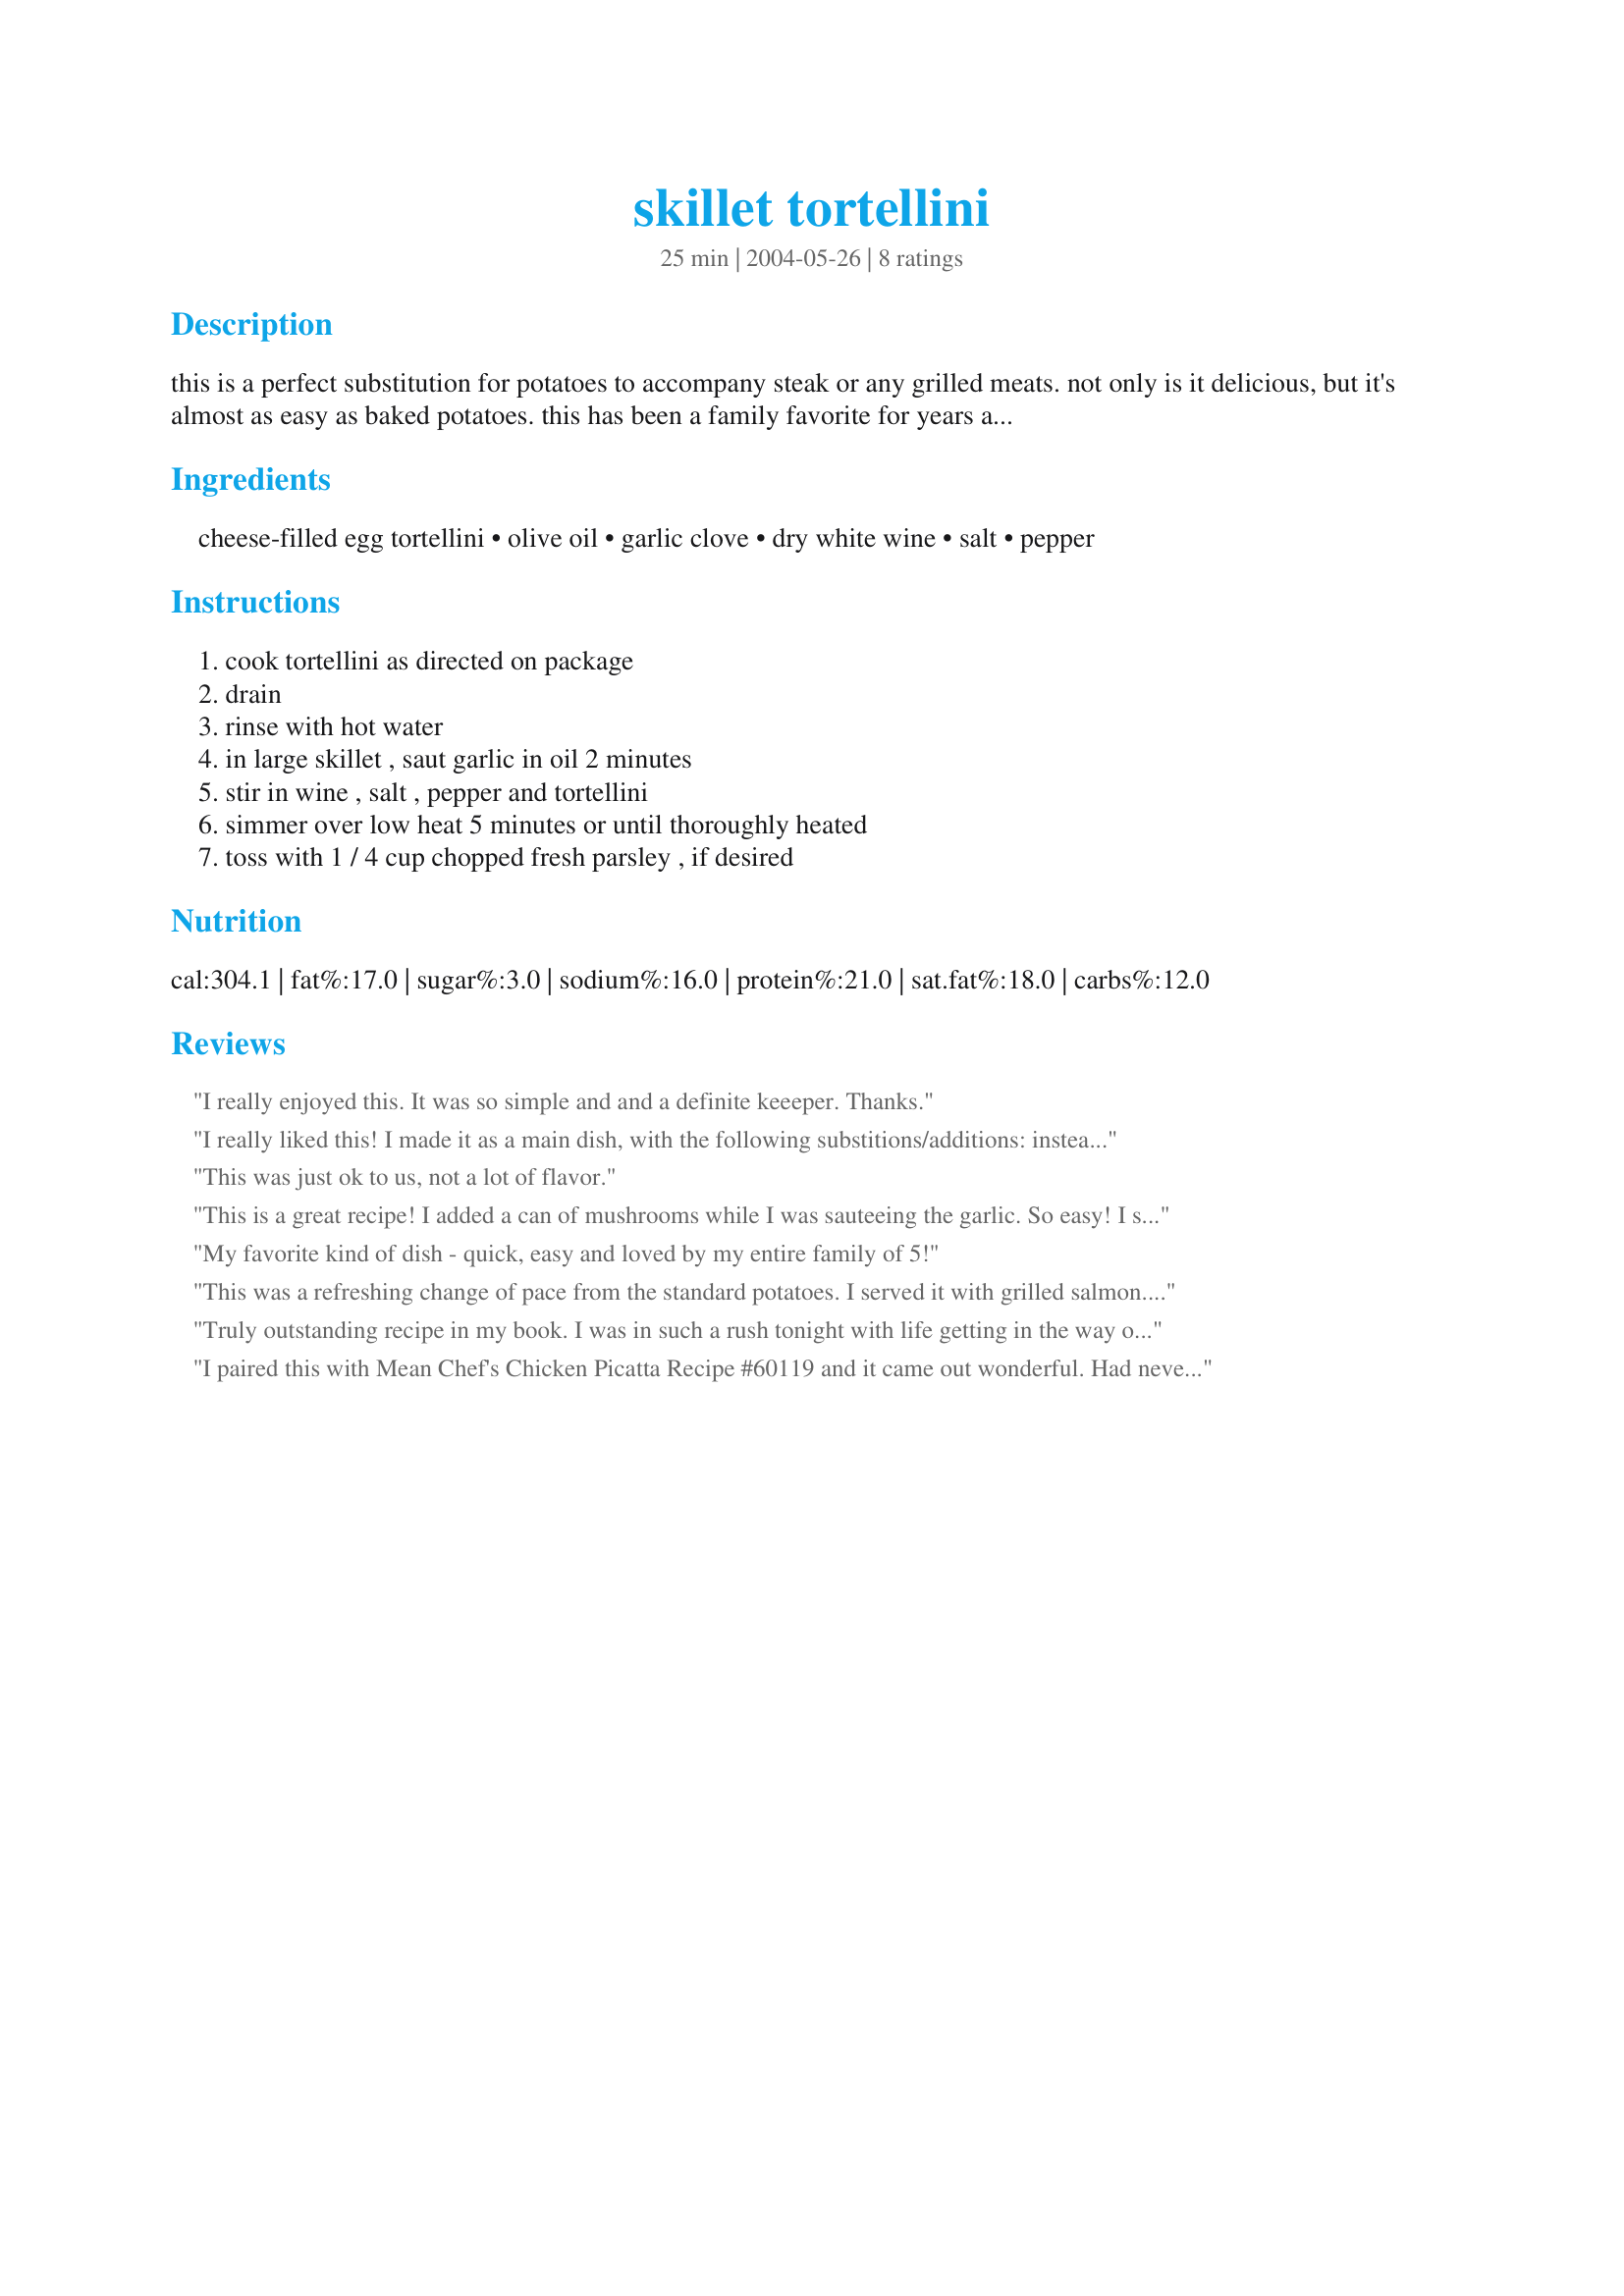
skillet tortellini
Preparation time: 25 minutes

this is a perfect substitution for potatoes to accompany steak or any grilled meats. not only is it delicious, but it's almost as easy as baked potatoes. this has been a family favorite for years and we make it often. the cooking time includes cooking the tortellini. enjoy!

Ingredients:
cheese-filled egg tortellini, olive oil, garlic clove, dry white wine, salt, pepper

Steps:
cook tortellini as directed on package, drain, rinse with hot water, in large skillet , saut garlic in oil 2 minutes, stir in wine , salt , pepper and tortellini, simmer over low heat 5 minutes or until thoroughly heated, toss with 1 / 4 cup chopped fresh parsley , if desired

Reviews:
I really enjoyed this. It was so simple and and a definite keeeper. Thanks.
I really liked this! I made it as a main dish, with the following substitions/additions: instead of wine, I used dry vermouth, added 1 box of frozen artichoke hearts when I boiled the pasta, and added 1/2 teaspoon of dried basil in step 4. If I'd had fresh basil, I would have added it at the end, instead of parsley, but fresh basil is still about 5 months away. I loved how fast this came together, and was a nice, filling meal. Thanks for posting!
This was just ok to us, not a lot of flavor.
This is a great recipe! I added a can of mushrooms while I was sauteeing the garlic. So easy! I served this with the Tuscan Grilled Chicken. This one is definitely going on our list of favorites.

Lori J
My favorite kind of dish - quick, easy and loved by my entire family of 5!
This was a refreshing change of pace from the standard potatoes. I served it with grilled salmon...it was the perfect accompaniment. And very easy to prepare. I was surprised to notice a slightly sweet, almost nutmeg-type flavor. I guess it was from the chardonnay that I used. Very nice! Thanks for the recipe.
Truly outstanding recipe in my book. I was in such a rush tonight with life getting in the way of cooking the evening meal and this came to the rescue. Firstly, it was amazing easy and fast. Secondly, it took a store bought product like tortellini and dressed it up fancy. And most importantly, it tasted so good. I served ours along side a breaded chicken breast but next time I think I will add in some more veggies when I am doing the garlic and make this a main dish. I sprinkled some Parmesan on at the end and that was really good. Made for Please Review My Recipe Tag.
I paired this with Mean Chef's Chicken Picatta Recipe #60119 and it came out wonderful. Had never tried tortellini this way, but very glad I did. Thanks.
